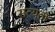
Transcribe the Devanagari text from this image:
सत्‍यता